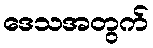
ဒေသအတွက်